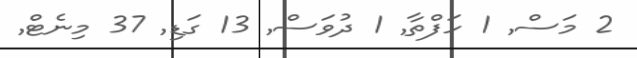
2 މަސް